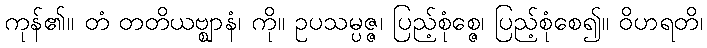
ကုန်၏။ တံ တတိယဗ္ဈာနံ၊ ကို။ ဥပသမ္ပဇ္ဇ၊ ပြည့်စုံစ္ဇေ၊ ပြည့်စုံစေ၍။ ဝိဟရတိ၊